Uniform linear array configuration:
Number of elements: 4
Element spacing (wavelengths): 0.5
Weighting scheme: uniform
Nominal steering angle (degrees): -60
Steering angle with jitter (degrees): -58.424
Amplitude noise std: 0.05
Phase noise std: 0.05

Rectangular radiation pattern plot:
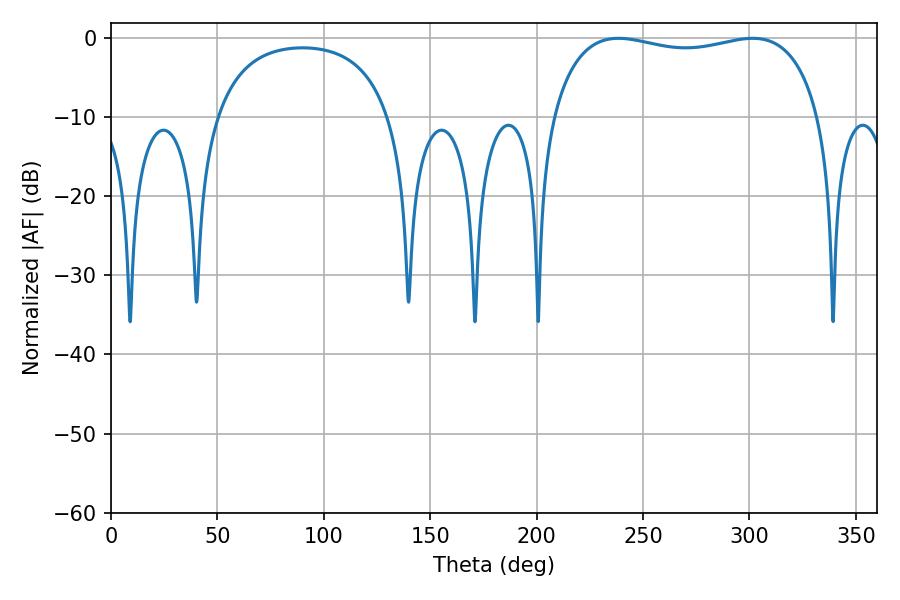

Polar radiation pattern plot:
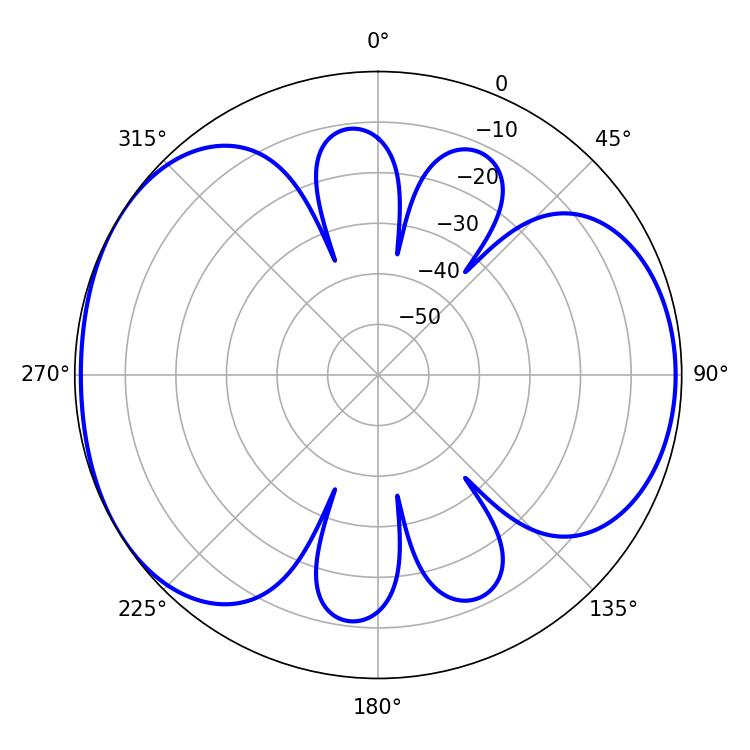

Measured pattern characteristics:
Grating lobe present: FALSE
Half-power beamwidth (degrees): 102.6
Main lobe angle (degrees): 238.5